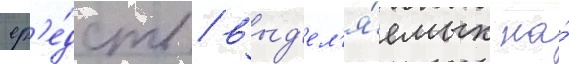
ср'е́дств / выд'ел'я́емых на́